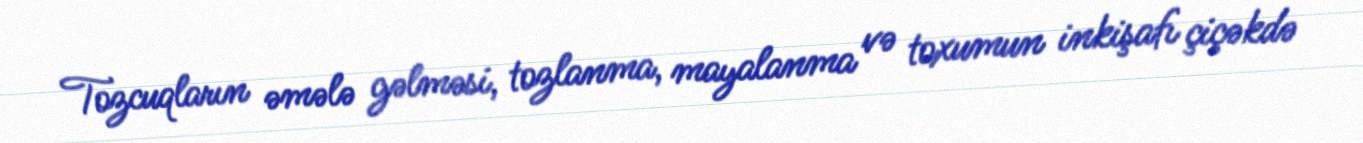
Tozcuqların əmələ gəlməsi, tozlanma, mayalanma və toxumun inkişafı çiçəkdə